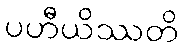
ပဟီယိဿတိ